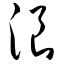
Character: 浪